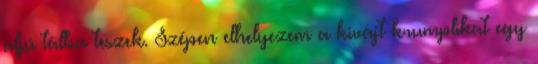
aljú tálba teszek. Szépen elhelyezem a kivájt krumplikat egy